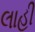
લાહી